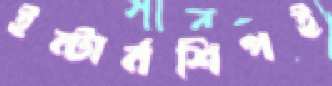
ইন্টার্নশিপই